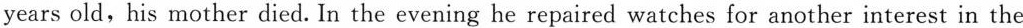
years old,his mother died. In the evening he repaired watches for another interest in the